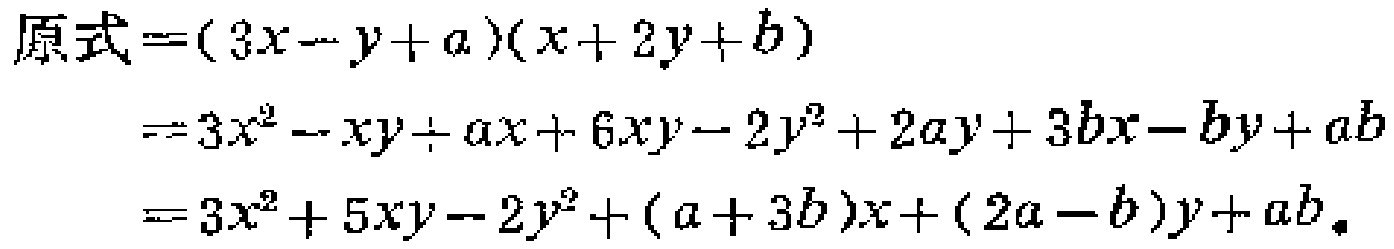
\[
\begin{align*}
原式&=(3x - y + a)(x + 2y + b)\\
&=3x^{2}-xy+ax + 6xy-2y^{2}+2ay + 3bx - by+ab\\
&=3x^{2}+5xy-2y^{2}+(a + 3b)x+(2a - b)y+ab.
\end{align*}
\]